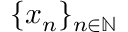
\{ x _ { n } \} _ { n \in \mathbb { N } }